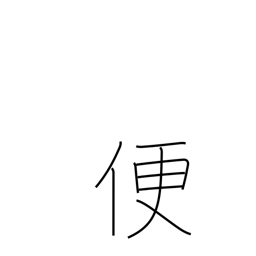
Meaning: convenience